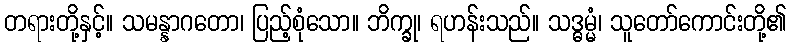
တရားတို့နှင့်။ သမန္နာဂတော၊ ပြည့်စုံသော။ ဘိက္ခု၊ ရဟန်းသည်။ သဒ္ဓမ္မံ၊ သူတော်ကောင်းတို့၏